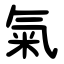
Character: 氣